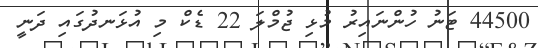
44500 ޓަނު ހުންނައިރު މުޅި ޖުމްލަ 22 ޑެކް މި އުޅަނދުގައި ދަނީ